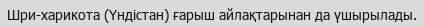
Шри-харикота (Үндістан) ғарыш айлақтарынан да үшырылады.